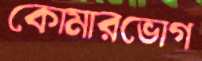
কোমারভোগ